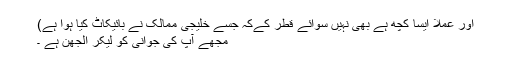
اور عملا ایسا کچھ ہے بهى نہیں سوائے قطر کےکہ جسے خلیجى ممالک نے بائیکاٹ کیا ہوا ہے)
مجهے آپ کى جوانى کو لیکر الجهن ہے ۔